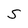
Character: S